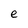
Character: e